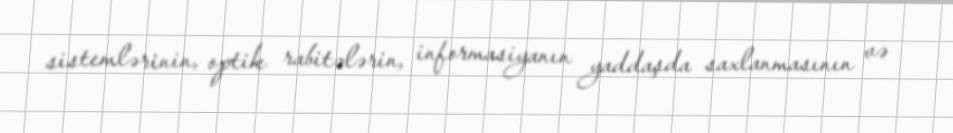
sistemlərinin, optik rabitələrin, informasiyanın yaddaşda saxlanmasının və